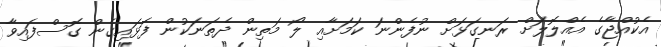
އެކުއްޖާގެ އެއްލޮލަށް ރަނގަޅަށް ނުފެންނަ ކަމަށާއި ލޯ މަތިން ދެތަނަކުން ފަޅައިގެން ގޮސްފައިވާ